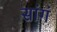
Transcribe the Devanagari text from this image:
सांगं